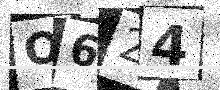
Text: O624